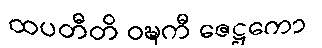
ထပတီတိ ဝဍ္ဎကီ ဇေဋ္ဌကော